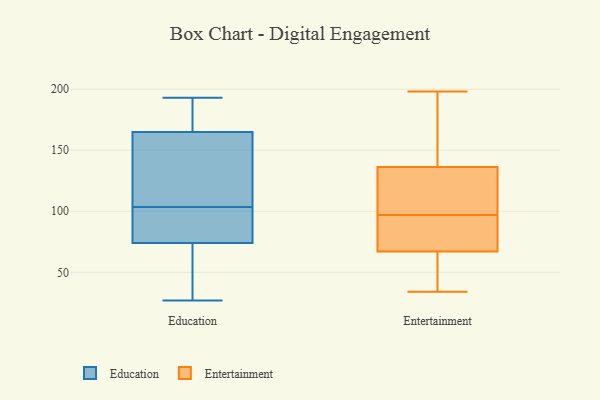
{"axis": {"x": "Tickets Resolved", "y": "Value"}, "legend": ["Education", "Entertainment"], "data": [{"x": "", "y": 27, "type": "Education"}, {"x": "", "y": 191, "type": "Education"}, {"x": "", "y": 62, "type": "Education"}, {"x": "", "y": 193, "type": "Education"}, {"x": "", "y": 85, "type": "Education"}, {"x": "", "y": 173, "type": "Education"}, {"x": "", "y": 165, "type": "Education"}, {"x": "", "y": 41, "type": "Education"}, {"x": "", "y": 76, "type": "Education"}, {"x": "", "y": 123, "type": "Education"}, {"x": "", "y": 115, "type": "Education"}, {"x": "", "y": 74, "type": "Education"}, {"x": "", "y": 92, "type": "Education"}, {"x": "", "y": 126, "type": "Education"}, {"x": "", "y": 97, "type": "Entertainment"}, {"x": "", "y": 135, "type": "Entertainment"}, {"x": "", "y": 87, "type": "Entertainment"}, {"x": "", "y": 198, "type": "Entertainment"}, {"x": "", "y": 34, "type": "Entertainment"}, {"x": "", "y": 186, "type": "Entertainment"}, {"x": "", "y": 61, "type": "Entertainment"}, {"x": "", "y": 132, "type": "Entertainment"}, {"x": "", "y": 140, "type": "Entertainment"}, {"x": "", "y": 115, "type": "Entertainment"}, {"x": "", "y": 51, "type": "Entertainment"}, {"x": "", "y": 95, "type": "Entertainment"}, {"x": "", "y": 69, "type": "Entertainment"}]}